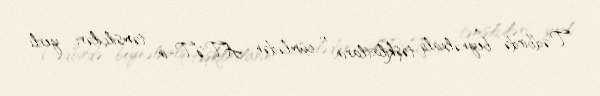
Tədbirdə beynəlxalq təşkilatların, o cümlədən ATƏT-in təmsilçiləri, yerli